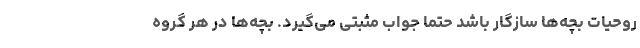
روحیات بچه‌ها سازگار باشد حتماً جواب مثبتی می‌گیرد. بچه‌ها در هر گروه